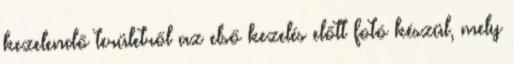
kezelendő területről az első kezelés előtt fotó készül, mely